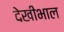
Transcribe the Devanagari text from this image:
देखीभाल